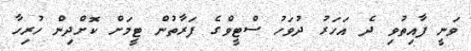
ވަނީ ފާއިތުވި ދެ އަހަރު ދުވަހު ސްޓީވްގެ ފަރާތުން ޓީމަށް ކޮށްދިން ހުރިހާ